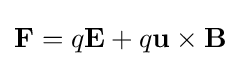
\mathbf {F} =q\mathbf {E} +q\mathbf {u} \times \mathbf {B}